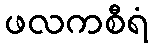
ဖလကစီရံ